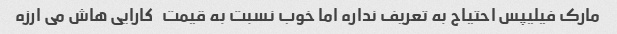
مارک فیلیپس احتیاج به تعریف نداره اما خوب نسبت به قیمت   کارایی هاش می ارزه